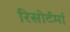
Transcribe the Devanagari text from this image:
रिसोर्टमां